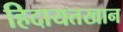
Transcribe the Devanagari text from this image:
हिदायतखान